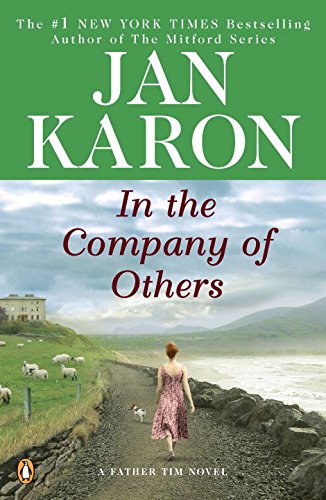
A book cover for In the Company of Others: A Father Tim Novel (A Mitford Novel); Jan Karon; Literature & Fiction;